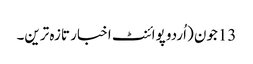
13جون (اُردو پوائنٹ اخبار تازہ ترین۔